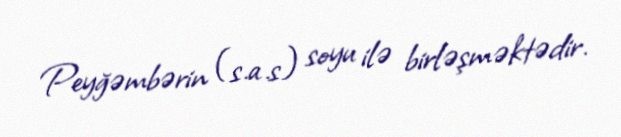
Peyğəmbərin (s.a.s) soyu ilə birləşməktədir.